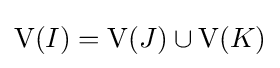
\mathrm {V} (I)=\mathrm {V} (J)\cup \mathrm {V} (K)